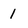
Character: 1